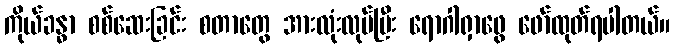
ကိုယ်ခန္ဓာ စစ်ဆေးခြင်း စတာတွေ အားလုံးလုပ်ပြီး ရောဂါရှာဖွေ ဖော်ထုတ်ရပါတယ်။